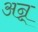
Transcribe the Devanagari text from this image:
अन्न्